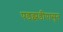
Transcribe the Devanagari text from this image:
पडझडीपासुन